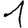
Digit: 1